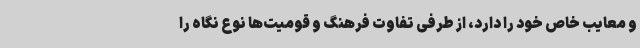
و معایب خاص خود را دارد، از طرفی تفاوت فرهنگ و قومیت‌ها نوع نگاه را